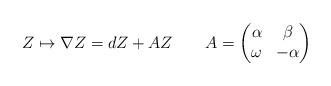
LaTeX: \begin{align*}Z\mapsto \nabla Z=dZ+AZ\ \ \ \ \ \ A=\begin{pmatrix}\alpha&\beta\\ \omega&-\alpha\end{pmatrix}\end{align*}